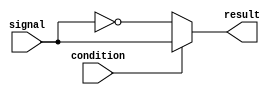
module if_else_statement(
    input wire condition,
    input wire signal,
    output reg result
);

always @(*)
begin
    if (condition)
    begin
        // Block of code to execute if condition is true
        result <= signal;
    end
    else
    begin
        // Block of code to execute if condition is false
        result <= ~signal;
    end
end

endmodule